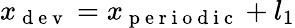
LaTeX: x_{\mathrm{~d~e~v~}}=x_{\mathrm{~p~e~r~i~o~d~i~c~}}+l_{1}